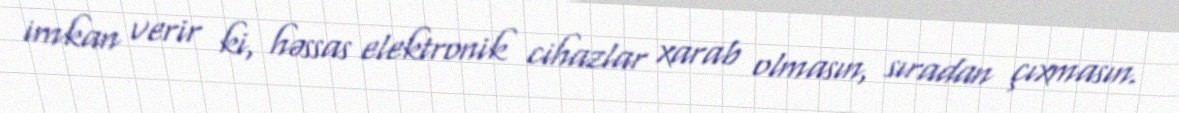
imkan verir ki, həssas elektronik cihazlar xarab olmasın, sıradan çıxmasın.